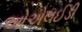
ઓએલઈડી